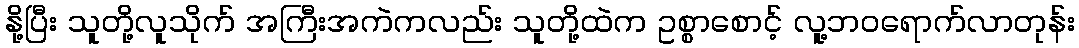
နို့ပြီး သူတို့လူသိုက် အကြီးအကဲကလည်း သူတို့ထဲက ဥစ္စာစောင့် လူ့ဘဝရောက်လာတုန်း